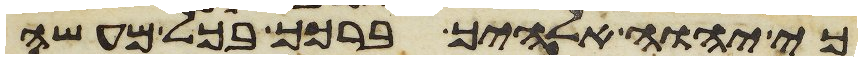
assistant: כי יהוה אלהיך ברכך בכל מעשה